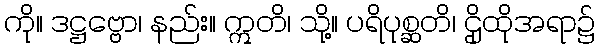
ကို။ ဒဋ္ဌဗ္ဗော၊ နည်း။ ဣတိ၊ သို့။ ပရိပုစ္ဆတိ၊ ဌိုထိုအရာ၌